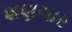
શણગાર